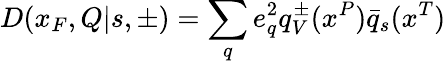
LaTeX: D(x_{F},Q|s,\pm)=\sum_{q}e_{q}^{2}q_{V}^{\pm}(x^{P})\bar{q}_{s}(x^{T})